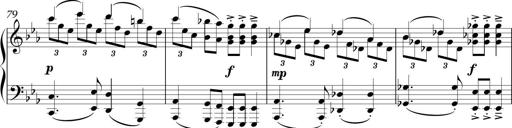
Title: Sonatina in E minor
Composer: Shuwen Zhang
Key: E minor